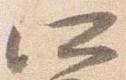
所